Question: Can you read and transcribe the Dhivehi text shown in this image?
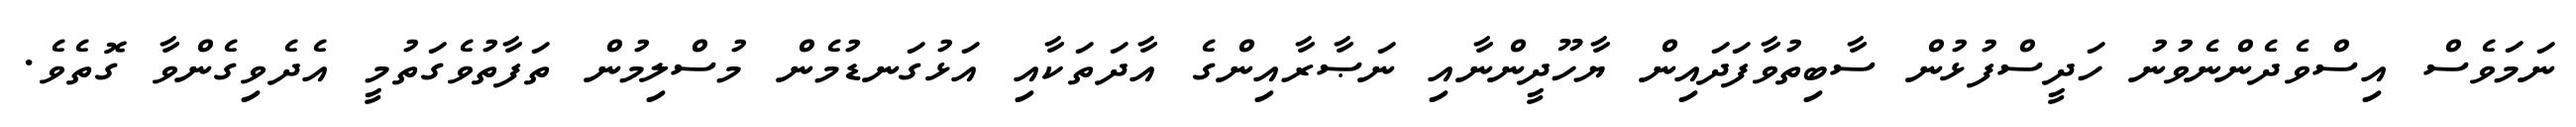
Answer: ނަމަވެސް އިސްވެދެންނެވުނު ހަދީސްފުޅުން ސާބިތުވާފަދައިން ޔާހޫދީންނާއި ނަޞާރާއިންގެ އާދަތަކާއި އަޅުގަނޑުމެން މުސްލިމުން ތަފާތުވެގަތުމީ އެދެވިގެންވާ ގޮތެވެ.